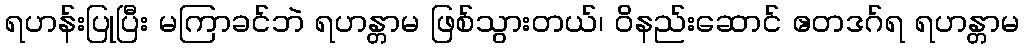
ရဟန်းပြုပြီး မကြာခင်ဘဲ ရဟန္တာမ ဖြစ်သွားတယ်၊ ဝိနည်းဆောင် ဧတဒဂ်ရ ရဟန္တာမ